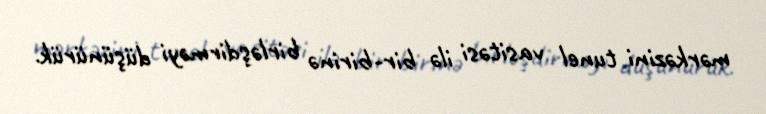
mərkəzini tunel vasitəsi ilə bir-birinə birləşdirməyi düşünürük.